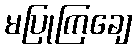
မပြုကြချေ